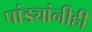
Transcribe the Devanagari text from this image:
पांड्यांनीही